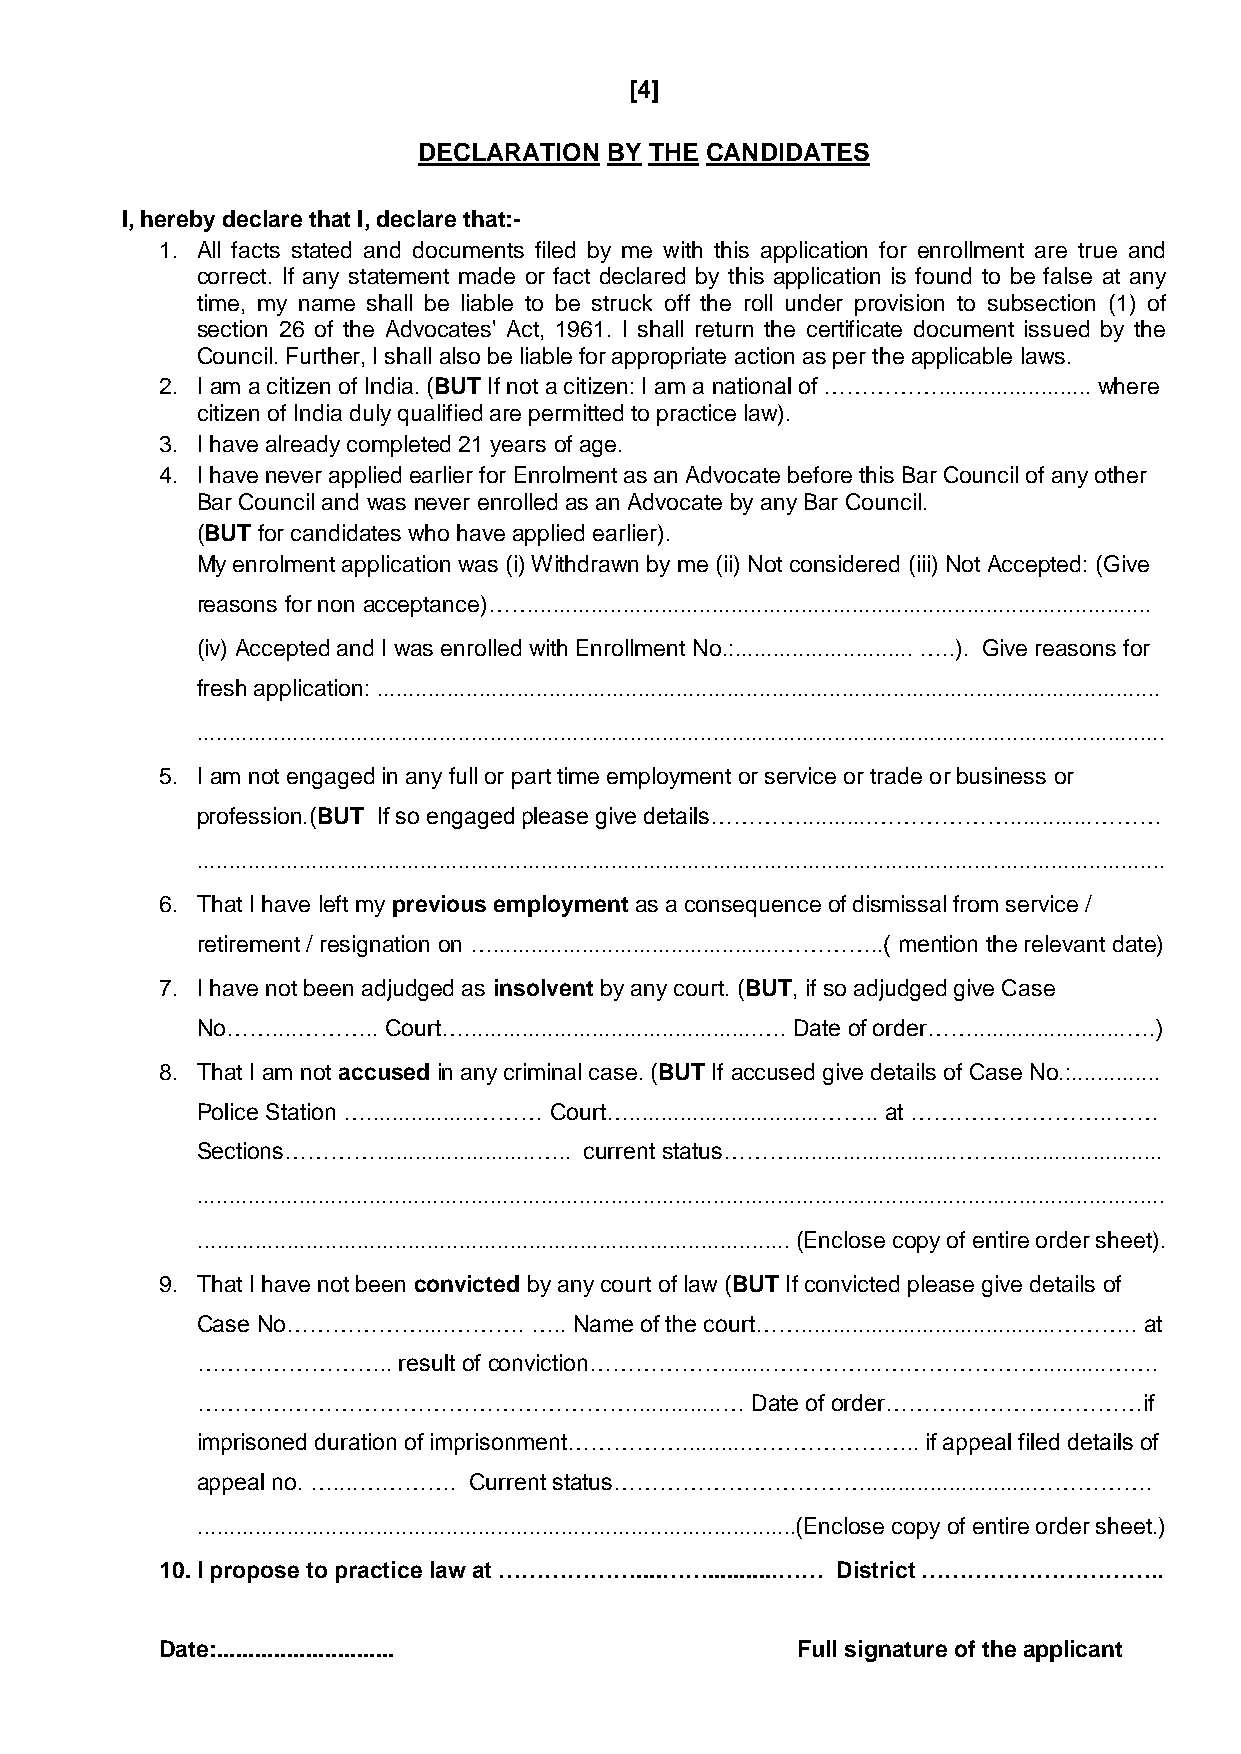
[4]
 DECLARATION BY THE CANDIDATES
 I, hereby declare that I, declare that:-
 1. All facts stated and documents filed by me with this application for enrollment are true and
 correct. If any statement made or fact declared by this application is found to be false at any
 time, my name shall be liable to be struck off the roll under provision to subsection (1) of
 section 26 of the Advocates' Act, 1961. I shall return the certificate document issued by the
 Council. Further, I shall also be liable for appropriate action as per the applicable laws.
 2. I am a citizen of India. (BUT If not a citizen: I am a national of ……………........................ where
 citizen of India duly qualified are permitted to practice law).
 3. I have already completed 21 years of age.
 4. I have never applied earlier for Enrolment as an Advocate before this Bar Council of any other
 Bar Council and was never enrolled as an Advocate by any Bar Council.
 (BUT for candidates who have applied earlier).
 My enrolment application was (i) Withdrawn by me (ii) Not considered (iii) Not Accepted: (Give
 reasons for non acceptance)…….................................................................................................
 (iv) Accepted and I was enrolled with Enrollment No.:............................ …..). Give reasons for
 fresh application: ...........................................................................................................................
 ........................................................................................................................................................
 5. I am not engaged in any full or part time employment or service or trade or business or
 profession.(BUT If so engaged please give details…………...........……………….............………
 ........................................................................................................................................................
 6. That I have left my previous employment as a consequence of dismissal from service /
 retirement / resignation on ….............................................…………..( mention the relevant date)
 7. I have not been adjudged as insolvent by any court. (BUT, if so adjudged give Case
 No……....……….. Court…..............................................…. Date of order……........................….)
 8. That I am not accused in any criminal case. (BUT If accused give details of Case No.:..............
 Police Station ….................……… Court…..............................…….. at …….………………..……
 Sections………….........................….. current status………..........................…….........................
 ........................................................................................................................................................
 ............................................................................................. (Enclose copy of entire order sheet).
 9. That I have not been convicted by any court of law (BUT If convicted please give details of
 Case No………………....………. ….. Name of the court……........................................……….. at
 ……………………..   result of conviction……………….......…………...…………………..........…….
 …………………………………………………..............…   Date of order……….……………………if
 imprisoned duration of imprisonment……………..........………………….. if appeal filed details of
 appeal no. …....…………. Current status……………………………..........................…………….
 ..............................................................................................(Enclose copy of entire order sheet.)
 10. I propose to practice law at ………………....……...........…… District …………………………..
 Date:............................         Full signature of the applicant